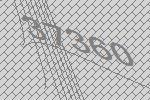
37360